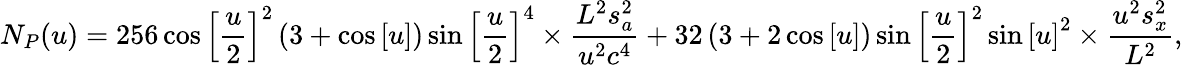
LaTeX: {N_{P}}(u)=256\cos{\left[{\frac{u}{2}}\right]^{2}}\left({3+\cos\left[u\right]}\right)\sin{\left[{\frac{u}{2}}\right]^{4}}\times\frac{{{L^{2}}s_{a}^{2}}}{{{u^{2}}{c^{4}}}}+32\left({3+2\cos\left[u\right]}\right)\sin{\left[{\frac{u}{2}}\right]^{2}}\sin{\left[u\right]^{2}}\times\frac{{{u^{2}}s_{x}^{2}}}{{{L^{2}}}},